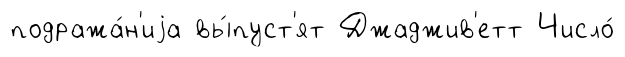
подража́н'иjа вы́пуст'ят Джаджив'етт Число́